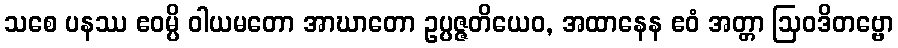
သစေ ပနဿ ဧဝမ္ပိ ဝါယမတော အာဃာတော ဥပ္ပဇ္ဇတိယေဝ, အထာနေန ဧဝံ အတ္တာ ဩဝဒိတဗ္ဗော